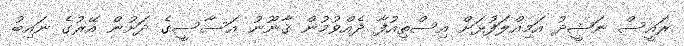
ރައީސް ނަޝީދު އަމިއްލަފުޅަށް އިސްތިއުފާ ދެއްވުމުން ޤާނޫނު އަސާސީގެ ދަށުން އޭރުގެ ނައިބު